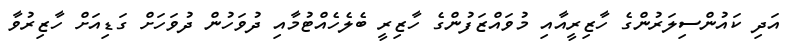
އަދި ކައުންސިލަރުންގެ ހާޒިރީއާއި މުވައްޒަފުންގެ ހާޒިރީ ބެލެހެއްޓުމާއި ދުވަހުން ދުވަހަށް ގަޑިއަށް ހާޒިރުވާ